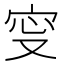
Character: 㝕